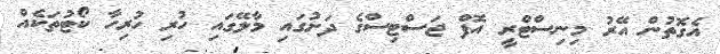
އެގޮތުން އޭރު މިނިސްޓްރީ އޮފް ޖަސްޓިސްގެ ދަށުގައި މާލޭގައި ހުރި ހުރިހާ ކޯޓުތަކެއް